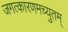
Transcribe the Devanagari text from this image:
जगत्कारणमच्युतम्